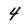
Character: 4